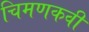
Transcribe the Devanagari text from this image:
चिमणकवी